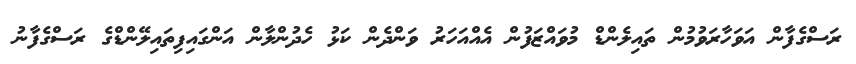
ރަސްގެފާން އަވަހާރަވުމުން ތައިލެންޑް މުވައްޒަފުން އެއްއަހަރު ވަންދެން ކަޅު ހެދުންލާން އަންގައިފިތައިލޭންޑްގެ ރަސްގެފާނު